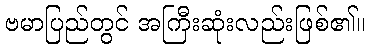
ဗမာပြည်တွင် အကြီးဆုံးလည်းဖြစ်၏။